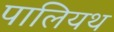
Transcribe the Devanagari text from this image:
पालियथ